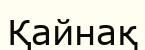
Қайнақ